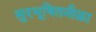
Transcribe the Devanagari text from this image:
सुरभूषितनीळा